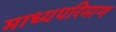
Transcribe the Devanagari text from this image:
माध्यपरिमाण